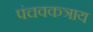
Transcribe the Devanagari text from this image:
पंचवकत्राय